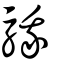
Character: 騀